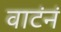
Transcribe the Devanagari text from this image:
वाटंनं